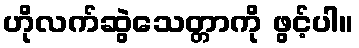
ဟိုလက်ဆွဲသေတ္တာကို ဖွင့်ပါ။